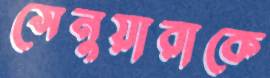
সেনুয়ারাকে